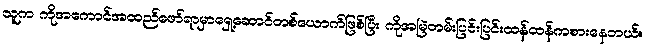
သူက ကိုအကောင်အထည်ဖော်ရာမှာရှေ့ဆောင်တစ်ယောက်ဖြစ်ပြီး ကိုအမြဲတမ်းပြင်းပြင်းထန်ထန်ကစားနေတယ်။